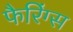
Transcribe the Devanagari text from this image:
फैरिंग्स